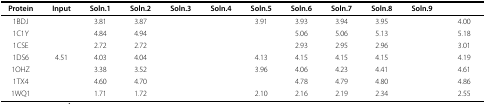
<table><thead><tr><td><b>Protein</b></td><td><b>Input</b></td><td><b>Soln.1</b></td><td><b>Soln.2</b></td><td><b>Soln.3</b></td><td><b>Soln.4</b></td><td><b>Soln.5</b></td><td><b>Soln.6</b></td><td><b>Soln.7</b></td><td><b>Soln.8</b></td><td><b>Soln.9</b></td><td>[EMPTY_CELL]</td></tr></thead><tbody><tr><td>1BDJ</td><td>[EMPTY_CELL]</td><td>3.81</td><td>3.87</td><td>[EMPTY_CELL]</td><td>[EMPTY_CELL]</td><td>3.91</td><td>3.93</td><td>3.94</td><td>3.95</td><td>[EMPTY_CELL]</td><td>4.00</td></tr><tr><td>1C1Y</td><td>[EMPTY_CELL]</td><td>4.84</td><td>4.94</td><td>[EMPTY_CELL]</td><td>[EMPTY_CELL]</td><td>[EMPTY_CELL]</td><td>5.06</td><td>5.06</td><td>5.13</td><td>[EMPTY_CELL]</td><td>5.18</td></tr><tr><td>1CSE</td><td>[EMPTY_CELL]</td><td>2.72</td><td>2.72</td><td>[EMPTY_CELL]</td><td>[EMPTY_CELL]</td><td>[EMPTY_CELL]</td><td>2.93</td><td>2.95</td><td>2.96</td><td>[EMPTY_CELL]</td><td>3.01</td></tr><tr><td>1DS6</td><td>4.51</td><td>4.03</td><td>4.04</td><td>[EMPTY_CELL]</td><td>[EMPTY_CELL]</td><td>4.13</td><td>4.15</td><td>4.15</td><td>4.15</td><td>[EMPTY_CELL]</td><td>4.19</td></tr><tr><td>1OHZ</td><td>[EMPTY_CELL]</td><td>3.38</td><td>3.52</td><td>[EMPTY_CELL]</td><td>[EMPTY_CELL]</td><td>3.96</td><td>4.06</td><td>4.23</td><td>4.41</td><td>[EMPTY_CELL]</td><td>4.61</td></tr><tr><td>1TX4</td><td>[EMPTY_CELL]</td><td>4.60</td><td>4.70</td><td>[EMPTY_CELL]</td><td>[EMPTY_CELL]</td><td>[EMPTY_CELL]</td><td>4.78</td><td>4.79</td><td>4.80</td><td>[EMPTY_CELL]</td><td>4.86</td></tr><tr><td>1WQ1</td><td>[EMPTY_CELL]</td><td>1.71</td><td>1.72</td><td>[EMPTY_CELL]</td><td>[EMPTY_CELL]</td><td>2.10</td><td>2.16</td><td>2.19</td><td>2.34</td><td>[EMPTY_CELL]</td><td>2.55</td></tr></tbody></table>